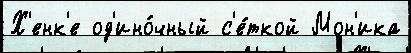
Х'енк'е од'ино́чный с'е́ткой Мон'ика